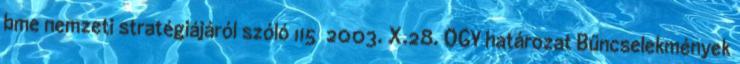
bme nemzeti stratégiájáról szóló 115 2003. X.28. OGY határozat Bűncselekmények